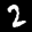
Label: 2